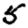
Digit: 5